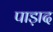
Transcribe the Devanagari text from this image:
पाड़ाद